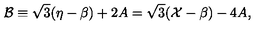
\mathcal { B } \equiv \sqrt { 3 } ( \eta - \beta ) + 2 A = \sqrt { 3 } ( \mathcal { X } - \beta ) - 4 A ,